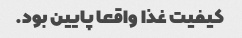
کیفیت غذا واقعا پایین بود.